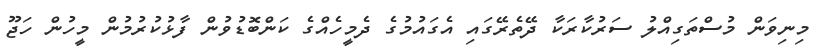
މިނިވަން މުސްތަގިއްލު ސަރުކާރަކާ ދޭތެރޭގައި އެގައުމުގެ ދެމީހެއްގެ ކަންބޮޑުވުން ފާޅުކުރުމުން މީހުން ހަޖޫ